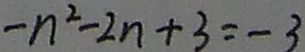
- n ^ { 2 } - 2 n + 3 = - 3